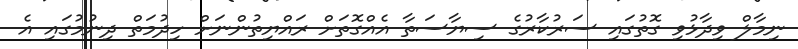
ނިމާލް ވިދާޅުވި ގޮތުގައި ސަރުކާރުގެ ސިޔާސަތާ އެއްގޮތަށް ރައްޔިތުންނަށް ހިދުމަތް ދިނުމުގައި އެ